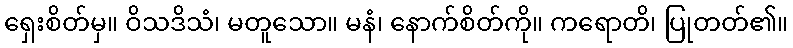
ရှေးစိတ်မှ။ ဝိသဒိသံ၊ မတူသော။ မနံ၊ နောက်စိတ်ကို။ ကရောတိ၊ ပြုတတ်၏။